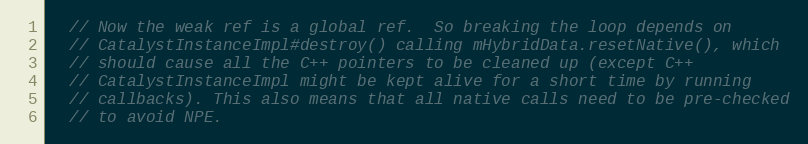
Language: C++
  // Now the weak ref is a global ref.  So breaking the loop depends on
  // CatalystInstanceImpl#destroy() calling mHybridData.resetNative(), which
  // should cause all the C++ pointers to be cleaned up (except C++
  // CatalystInstanceImpl might be kept alive for a short time by running
  // callbacks). This also means that all native calls need to be pre-checked
  // to avoid NPE.